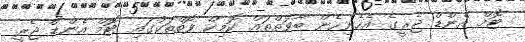
ޓޮމް އެންޑް ޖެރީގެ އެހެނިހެން ބާވަތްތައް ކޮމިކް ފޮތްތަކުގައި ޓޮމް އެންޑް ޖެރީ